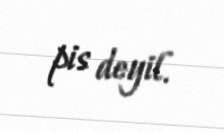
pis deyil.